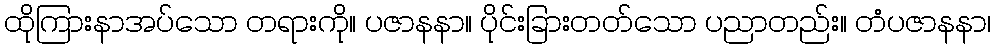
ထိုကြားနာအပ်သော တရားကို။ ပဇာနနာ။ ပိုင်းခြားတတ်သော ပညာတည်း။ တံပဇာနနာ၊